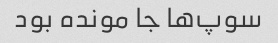
سوپ‌ها جا مونده بود